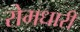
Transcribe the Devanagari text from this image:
रोमधारी